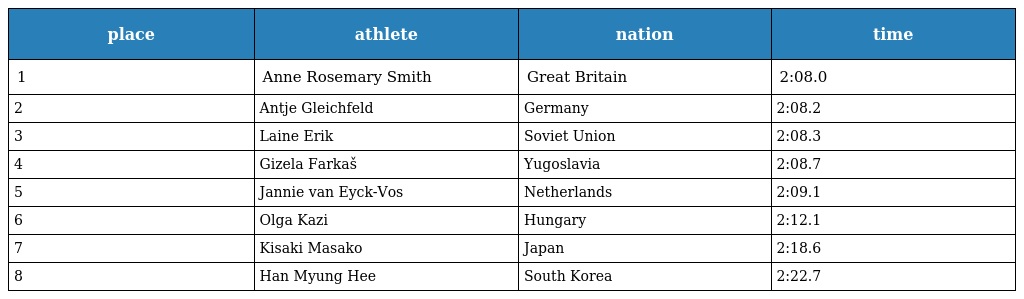
| place | athlete | nation | time |
 | --- | --- | --- | --- |
 | 1 | Anne Rosemary Smith | Great Britain | 2:08.0 |
 | 2 | Antje Gleichfeld | Germany | 2:08.2 |
 | 3 | Laine Erik | Soviet Union | 2:08.3 |
 | 4 | Gizela Farkaš | Yugoslavia | 2:08.7 |
 | 5 | Jannie van Eyck-Vos | Netherlands | 2:09.1 |
 | 6 | Olga Kazi | Hungary | 2:12.1 |
 | 7 | Kisaki Masako | Japan | 2:18.6 |
 | 8 | Han Myung Hee | South Korea | 2:22.7 |